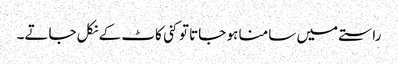
راستے میں سامنا ہو جاتا تو کنی کاٹ کے نکل جاتے۔